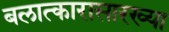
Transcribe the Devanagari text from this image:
बलात्कारासारख्या